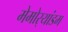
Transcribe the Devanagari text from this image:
मेमोर्‍यांडम